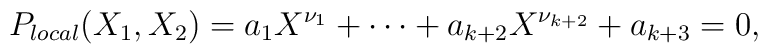
P_{local}(X_1,X_2)=a_1 X^{\nu_1}+\cdots+a_{k+2}X^{\nu_{k+2}}+a_{k+3}=0,